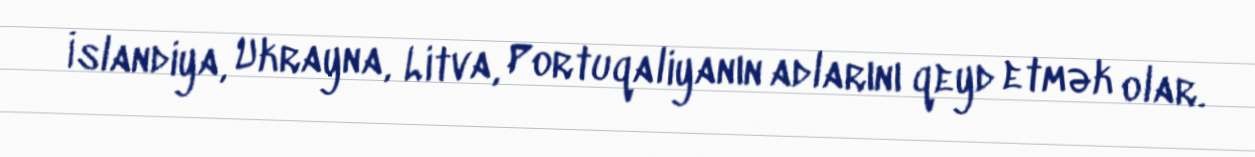
İslandiya, Ukrayna, Litva, Portuqaliyanın adlarını qeyd etmək olar.